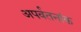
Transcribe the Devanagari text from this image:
अपर्वतनांक